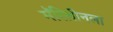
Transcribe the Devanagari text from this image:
मॅरिलीनला